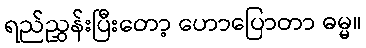
ရည်ညွှန်းပြီးတော့ ဟောပြောတာ ဓမ္မ။